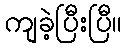
ကျခဲ့ပြီးပြီ။